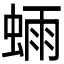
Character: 𫋃